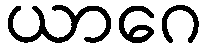
ယာဂေ